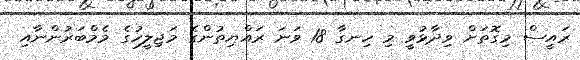
ރައީސް މިގޮތަށް ވިދާޅުވީ މި ހިނގާ 18 ވަނަ ރައްޔިތުންގެ މަޖިލީހުގެ މެމްބަރުންނާއި